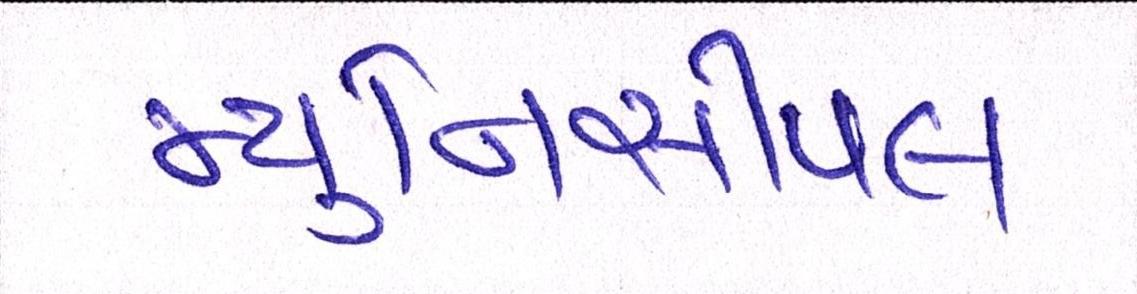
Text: મ્યુનિસીપલ